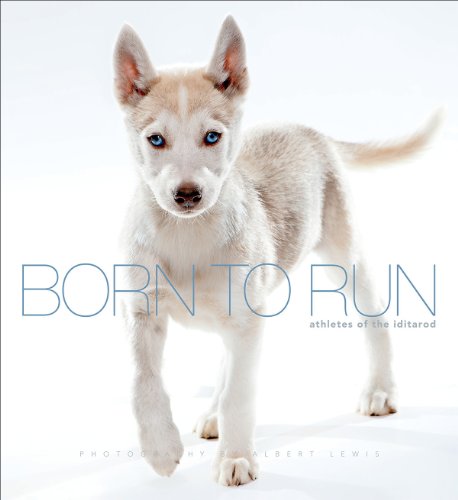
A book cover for Born to Run: Athletes of the Iditarod; Albert Lewis; Sports & Outdoors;